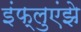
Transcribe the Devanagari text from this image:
इंफ्लुएंझे